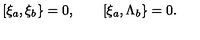
\lbrack \xi _ { a } , \xi _ { b } \} = 0 , \quad \quad \lbrack \xi _ { a } , \Lambda _ { b } \} = 0 .